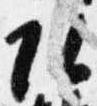
頭